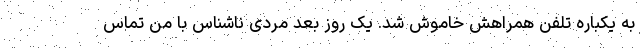
به یکباره تلفن همراهش خاموش شد. یک روز بعد مردی ناشناس با من تماس